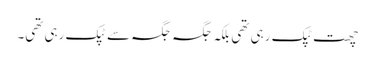
چھت ٹپک رہی تھی بلکہ جگہ جگہ سے ٹپک رہی تھی۔